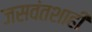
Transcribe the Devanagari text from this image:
जसवंतशाही